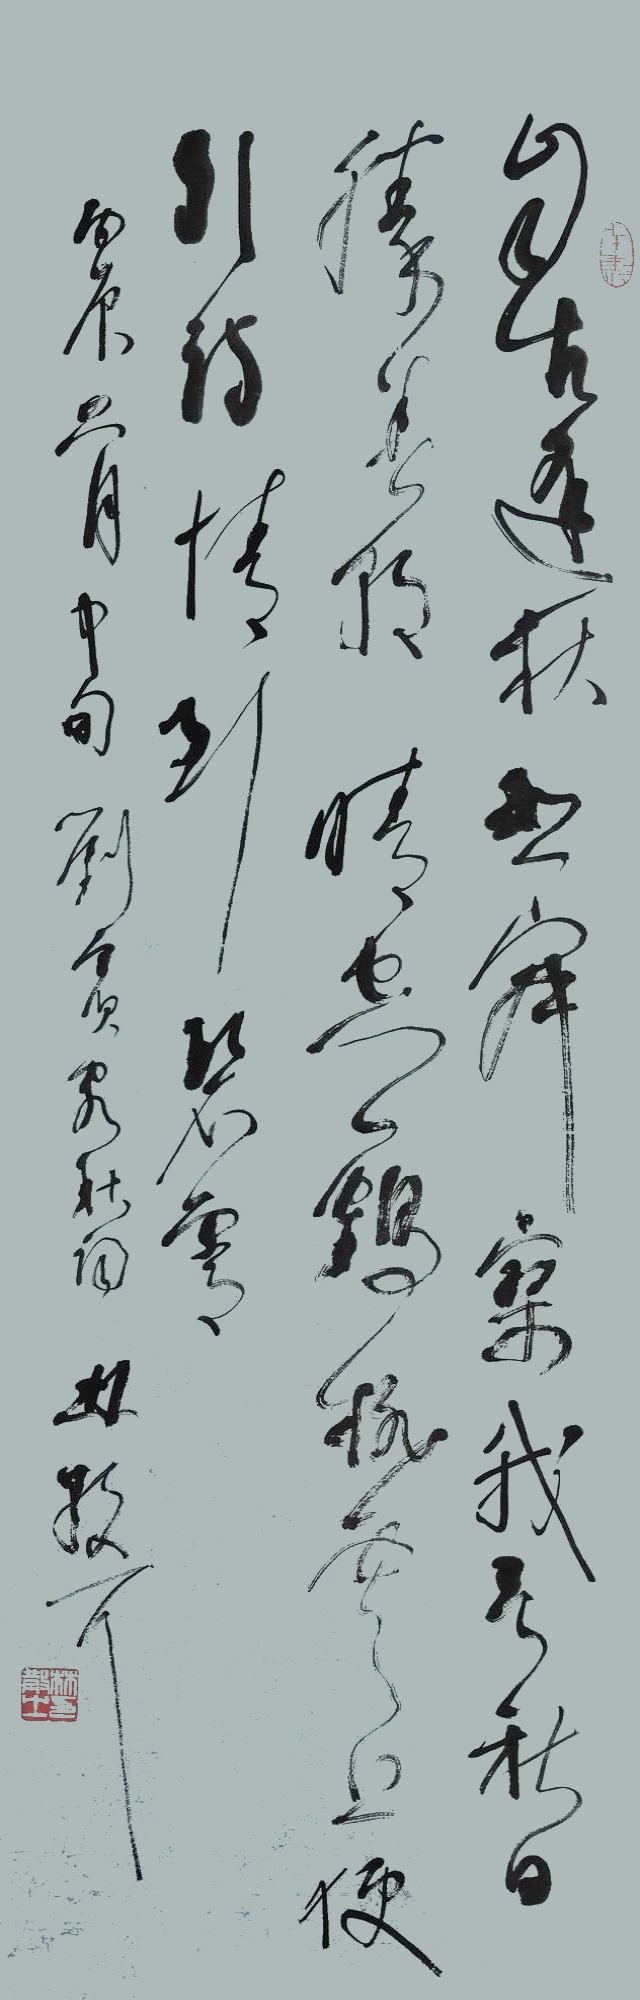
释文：自古逢秋悲寂寥，我言秋日胜春朝。晴空一鹤排云上，便引诗情到碧霄。丙辰六月中旬，刘宾客秋词，林散耳。